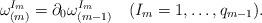
LaTeX: \begin{align*}\omega^{I_m}_{(m)}=\partial_0\omega^{I_m}_{(m-1)}\quad(I_m=1,\ldots,q_{m-1}). \end{align*}